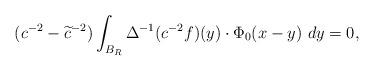
LaTeX: \begin{align*}(c^{-2}-\widetilde{c}^{-2})\int_{B_R}\Delta^{-1}(c^{-2}f)(y)\cdot \Phi_0(x-y)\ dy=0,\end{align*}